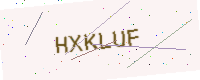
Text: HXKLUF